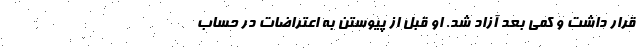
قرار داشت و کمی بعد آزاد شد. او قبل از پیوستن به اعتراضات در حساب